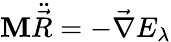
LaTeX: \mathbf{M}\ddot{\vec{R}}=-\vec{\nabla}E_{\lambda}